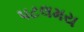
પટલમય